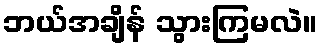
ဘယ်အချိန် သွားကြမလဲ။